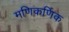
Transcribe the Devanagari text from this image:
मणिकर्णिक